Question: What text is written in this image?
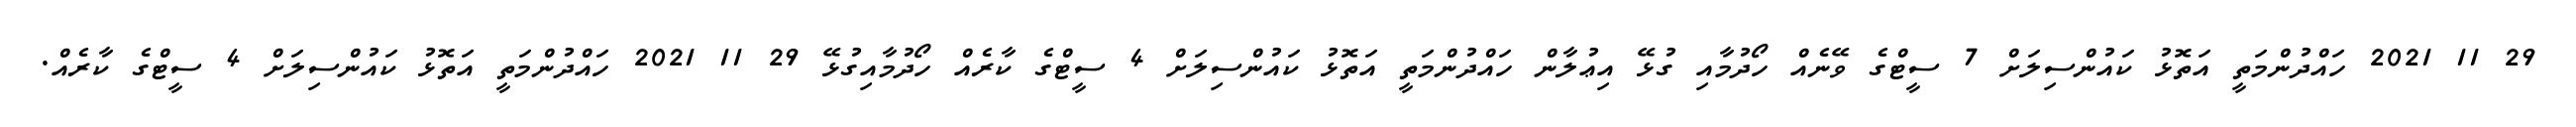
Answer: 29 11 2021 ހައްދުންމަތީ އަތޮޅު ކައުންސިލަށް 7 ސީޓްގެ ވޭނެއް ހޯދުމާއި ގުޅޭ އިޢުލާން ހައްދުންމަތީ އަތޮޅު ކައުންސިލަށް 4 ސީޓްގެ ކާރެއް ހޯދުމާއިގުޅޭ 29 11 2021 ހައްދުންމަތީ އަތޮޅު ކައުންސިލަށް 4 ސީޓްގެ ކާރެއް.